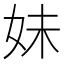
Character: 妹